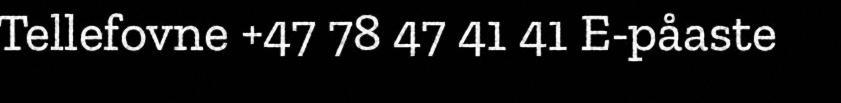
Tellefovne +47 78 47 41 41 E-påaste